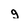
Character: g